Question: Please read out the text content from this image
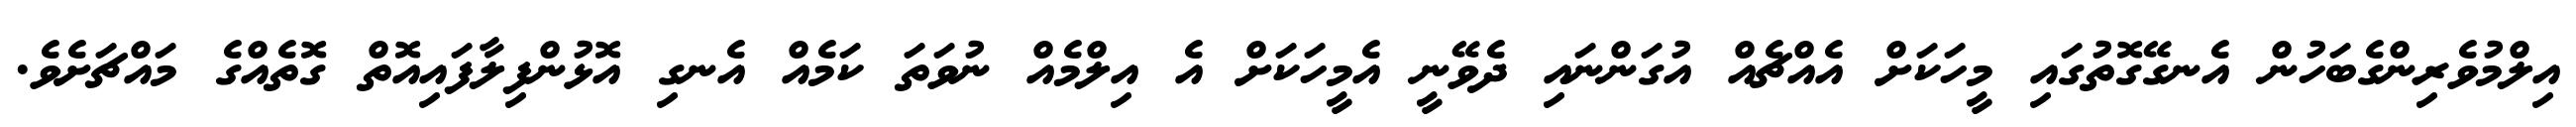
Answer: އިލްމުވެރިންގެބަހުން އެނގޭގޮތުގައި މީހަކަށް އެއްޗެއް އުގަންނައި ދެވޭނީ އެމީހަކަށް އެ އިލްމެއް ނުވަތަ ކަމެއް އެނގި އޮޅުންފިލާފައިއޮތް ގޮތެއްގެ މައްޗަށެވެ.